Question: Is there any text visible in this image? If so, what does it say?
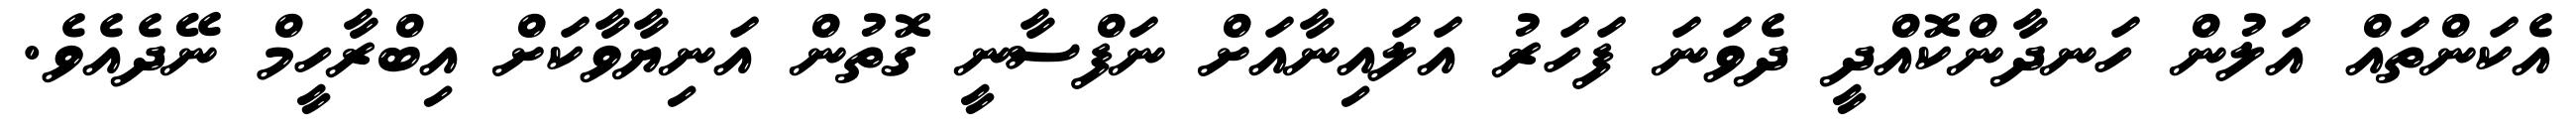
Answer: އެކަންތައް އަލުން ހަނދާންކޮއްދީ ދެވަނަ ފަހަރު އަލައިނާއަށް ނަފްސާނީ ގޮތުން އަނިޔާވާކަށް އިބްރާހީމް ނޭދެއެވެ.